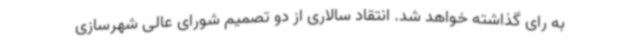
به رای گذاشته خواهد شد. انتقاد سالاری از دو تصمیم شورای عالی شهرسازی